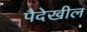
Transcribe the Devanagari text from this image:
पैदेखील